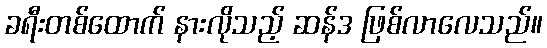
ခရီးတစ်ထောက် နားလိုသည့် ဆန်ဒ ဖြစ်လာလေသည်။